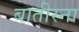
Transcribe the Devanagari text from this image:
बातीस्ना